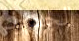
الجمارك